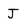
Character: J